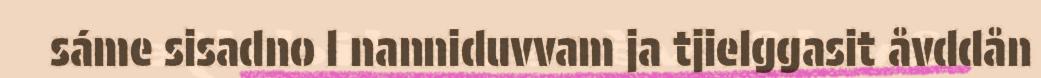
sáme sisadno l nanniduvvam ja tjielggasit åvddån